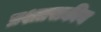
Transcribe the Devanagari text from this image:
प्रशाासकीय